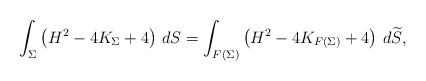
\begin{align*}\int_{\Sigma} \left( H^2 - 4 K_\Sigma + 4 \right) \, dS = \int_{F(\Sigma)}\left( H^2 - 4 K_{F(\Sigma)} + 4 \right) \, d\widetilde{S},\end{align*}